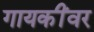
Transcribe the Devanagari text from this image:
गायकींवर